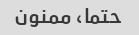
حتما، ممنون